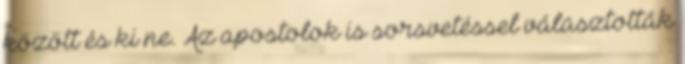
között és ki ne. Az apostolok is sorsvetéssel választották